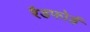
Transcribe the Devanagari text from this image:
रैडफोर्ड